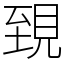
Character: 𧠫